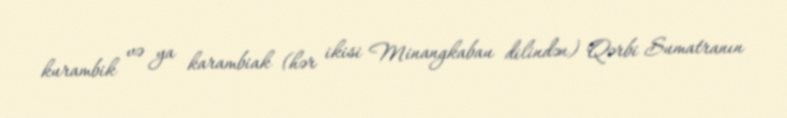
kurambik və ya karambiak (hər ikisi Minangkabau dilindən) Qərbi Sumatranın